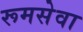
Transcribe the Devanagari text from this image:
रूमसेवा